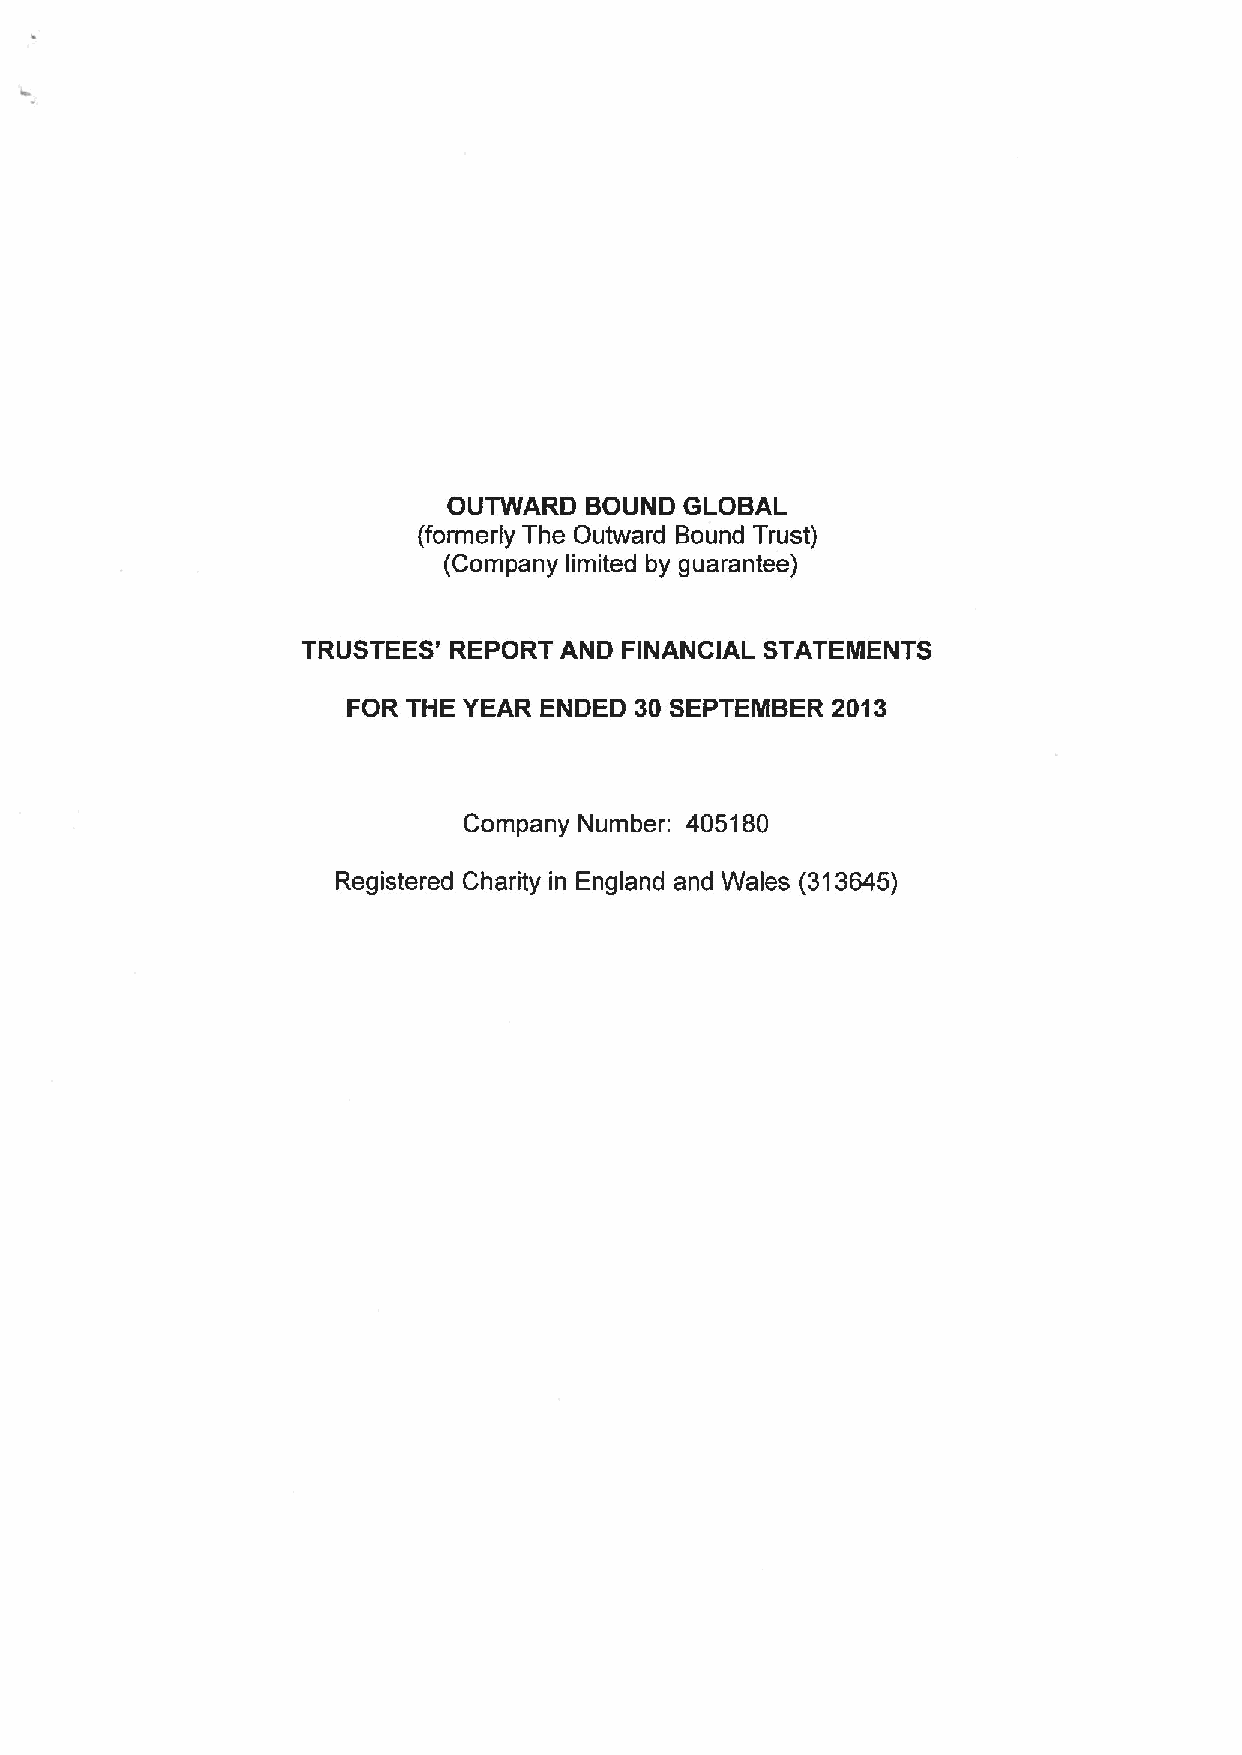
OUTWARD  BOUND GLOBAL
 (formerly The Outward Bound Trust)
 (Company limited by guarantee)
 TRUSTEES' REPORT AND FINANCIAL STATEMENTS
 FOR THE YEAR ENDED 30 SEPTEMBER 2013
 Company Number: 405180
 Registered Charity in England and Wales (313645)